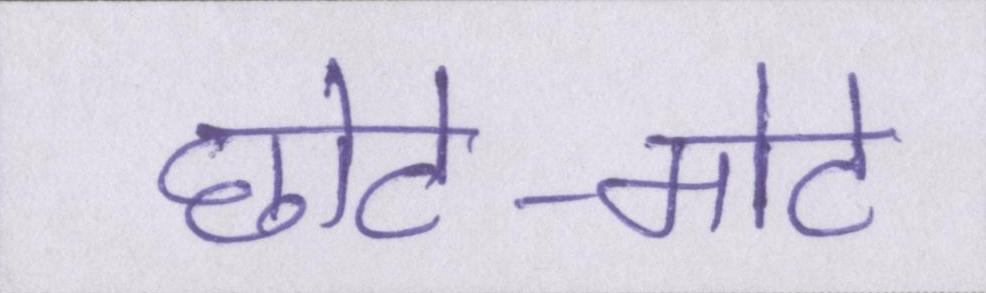
छोटे-मोटे